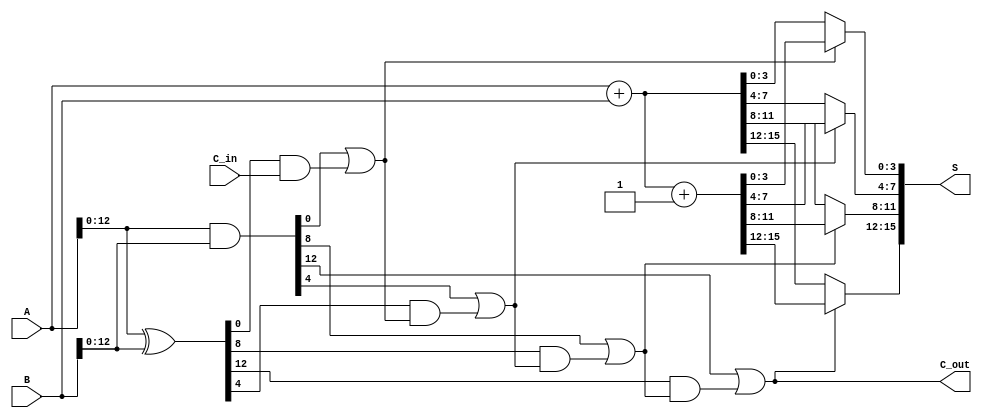
module ParallelPrefixCarrySelectAdder #(parameter N = 16) (
    input [N-1:0] A,
    input [N-1:0] B,
    input C_in,
    output [N-1:0] S,
    output C_out
);

    // Generate and Propagate signals
    wire [N-1:0] G; // Generate
    wire [N-1:0] P; // Propagate
    wire [N/4:0] C; // Carry signals for each block

    // Generate and Propagate calculations
    assign G = A & B;
    assign P = A ^ B;

    // Carry generation using prefix structure
    genvar i;
    generate
        for (i = 0; i < N/4; i = i + 1) begin : carry_gen
            if (i == 0) begin
                assign C[i] = G[4*i] | (P[4*i] & C_in);
            end else begin
                assign C[i] = G[4*i] | (P[4*i] & C[i-1]);
            end
        end
    endgenerate

    // Sum generation using carry select strategy
    wire [N-1:0] S0; // Sum when C_in = 0
    wire [N-1:0] S1; // Sum when C_in = 1

    // Calculate S0 and S1
    assign S0 = A + B; // S0 when C_in = 0
    assign S1 = A + B + 1; // S1 when C_in = 1

    // Select the correct sum based on carry signals
    generate
        for (i = 0; i < N/4; i = i + 1) begin : sum_select
            assign S[4*i +: 4] = (C[i] ? S1[4*i +: 4] : S0[4*i +: 4]);
        end
    endgenerate

    // Final carry out
    assign C_out = C[N/4 - 1];

endmodule